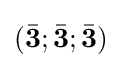
({\bar {\mathbf {3} }};{\bar {\mathbf {3} }};{\bar {\mathbf {3} }})